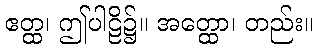
ဧတ္ထ၊ ဤပါဠိ၌။ အတ္ထော၊ တည်း။